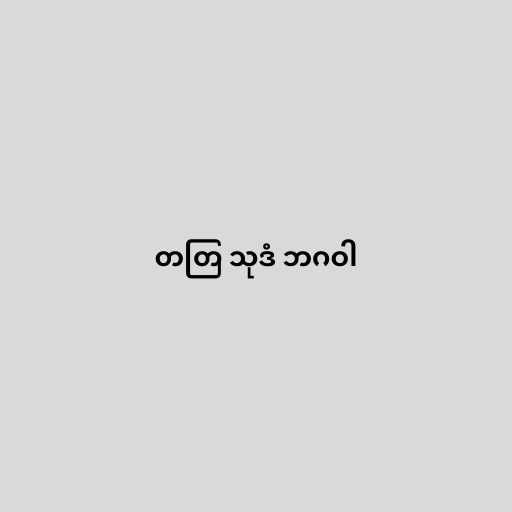
တတြ သုဒံ ဘဂဝါ